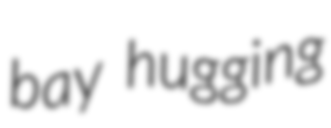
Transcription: bay hugging